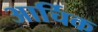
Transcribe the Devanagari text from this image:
आर्चिक